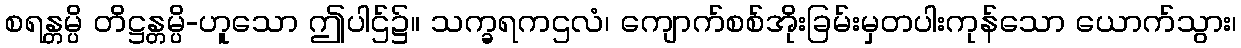
စရန္တမ္ပိ တိဋ္ဌန္တမ္ပိ-ဟူသော ဤပါဌ်၌။ သက္ခရကဌလံ၊ ကျောက်စစ်အိုးခြမ်းမှတပါးကုန်သော ယောက်သွား၊